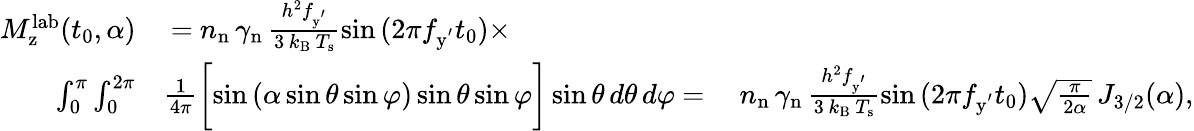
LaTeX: \begin{array}{rlr}{M_{\mathrm{z}}^{\mathrm{lab}}({t_{0},\alpha})}&{~{=}~n_{\mathrm{n}}\, \gamma_{\mathrm{n}}\, \frac{h^{2}f_{\mathrm{y^{'}}}}{3\, k_{\mathrm{B}}\, T_{\mathrm{s}}}\sin{(2\pi f_{\mathrm{y^{'}}}t_{0})}\times}\\ {\int_{0}^{\pi}\int_{0}^{2\pi}}&{\frac{1}{4\pi}\biggl[\sin{(\alpha\sin{\theta}\sin{\varphi})}\sin{\theta}\sin{\varphi}\biggr]\sin{\theta}\, d\theta\, d\varphi\ {=}~}&{n_{\mathrm{n}}\, \gamma_{\mathrm{n}}\, \frac{h^{2}f_{\mathrm{y^{'}}}}{3\, k_{\mathrm{B}}\, T_{\mathrm{s}}}\sin{(2\pi f_{\mathrm{y^{'}}}t_{0})}\sqrt{\frac{\pi}{2\alpha}}\, J_{3/2}(\alpha),}\end{array}